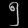
Digit: ၅